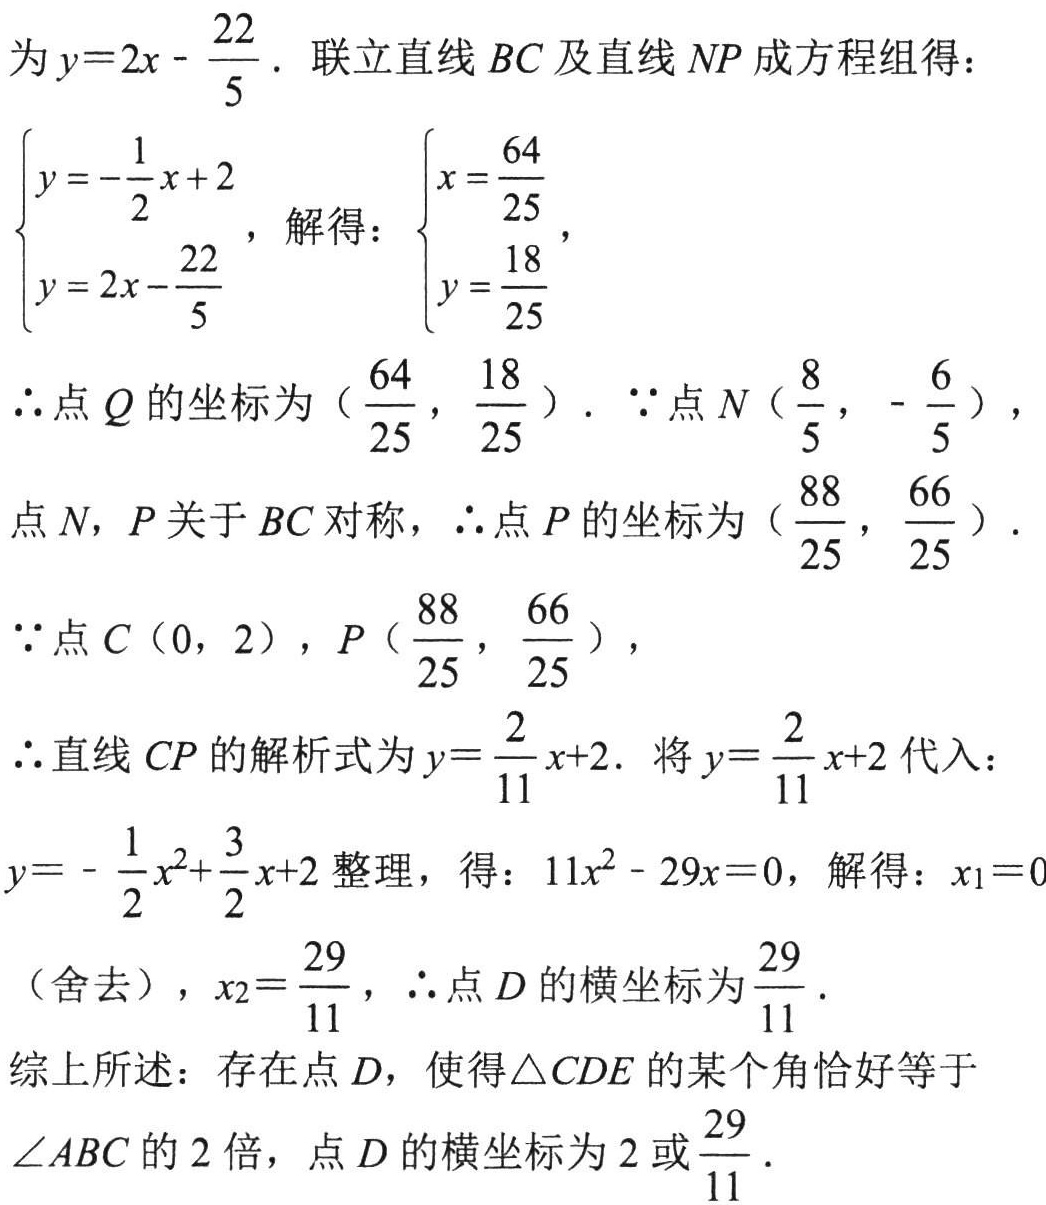
为$y = 2x-\frac{22}{5}$. 联立直线$BC$及直线$NP$成方程组得：
$\begin{cases}y=-\frac{1}{2}x + 2\\y = 2x-\frac{22}{5}\end{cases}$，解得：$\begin{cases}x=\frac{64}{25}\\y=\frac{18}{25}\end{cases}$，
$\therefore$点$Q$的坐标为（$\frac{64}{25}$，$\frac{18}{25}$）. $\because$点$N$（$\frac{8}{5}$，-$\frac{6}{5}$），
点$N$，$P$关于$BC$对称，$\therefore$点$P$的坐标为（$\frac{88}{25}$，$\frac{66}{25}$）.
$\because$点$C$（0，2），$P$（$\frac{88}{25}$，$\frac{66}{25}$），
$\therefore$直线$CP$的解析式为$y = \frac{2}{11}x + 2$. 将$y=\frac{2}{11}x + 2$代入：
$y=-\frac{1}{2}x^{2}+\frac{3}{2}x + 2$整理，得：$11x^{2}-29x = 0$，解得：$x_{1}=0$
（舍去），$x_{2}=\frac{29}{11}$，$\therefore$点$D$的横坐标为$\frac{29}{11}$.
综上所述：存在点$D$，使得$\triangle CDE$的某个角恰好等于
$\angle ABC$的$2$倍，点$D$的横坐标为$2$或$\frac{29}{11}$.